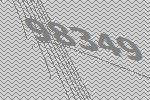
98349